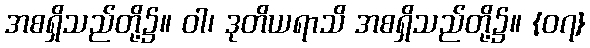
အစရှိသည်တို့၌။ ဝါ၊ ဒုတိယရာသိ အစရှိသည်တို့၌။ {၀၇}